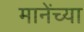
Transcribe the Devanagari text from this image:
मानेंच्या